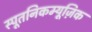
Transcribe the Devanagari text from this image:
स्पूतनिकम्यूज़िक